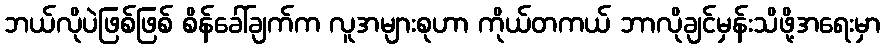
ဘယ်လိုပဲဖြစ်ဖြစ် စိန်ခေါ်ချက်က လူအများစုဟာ ကိုယ်တကယ် ဘာလိုချင်မှန်းသိဖို့အရေးမှာ